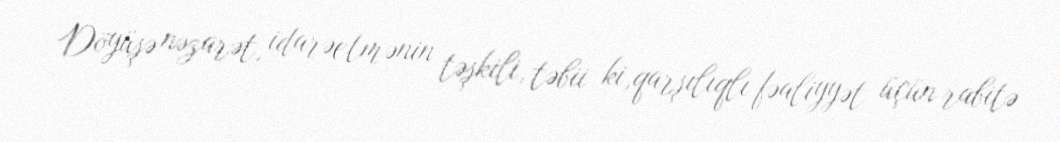
Döyüşə nəzarət, idarəetmənin təşkili, təbii ki,qarşılıqlı fəaliyyət üçün rabitə